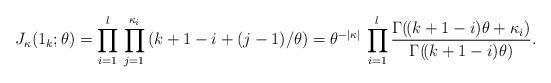
LaTeX: \begin{align*}J_\kappa(1_k;\theta)=\prod_{i=1}^l \,\prod_{j=1}^{\kappa_i} \,(k+1-i+(j-1)/\theta)=\theta^{-|\kappa|}\,\prod_{i=1}^l \frac{\Gamma(\!(k+1-i)\theta+\kappa_i)}{\Gamma(\!(k+1-i)\theta)}.\end{align*}